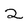
Character: 2